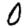
Digit: 0